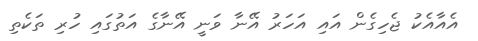
އެއާއެކު ޖެހިގެން އައި އަހަރު އޭނާ ވަނީ އޭނާގެ އަތުގައި ހުރި ތަކެތި